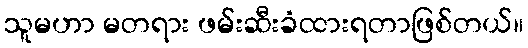
သူမဟာ မတရား ဖမ်းဆီးခံထားရတာဖြစ်တယ်။